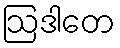
ဩဒါတေ